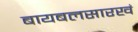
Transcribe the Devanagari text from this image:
बायबलसारखं